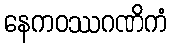
နေကဝဿဂဏိကံ